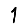
Digit: 1